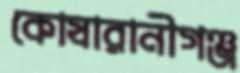
কোষারানীগঞ্জ